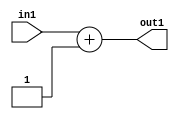
`timescale 1ps / 1ps
/*****************************************************************************
    Verilog RTL Description
    
    
    Created by: Stratus DpOpt 2019.1.01 
*******************************************************************************/

module GaussFilter_Add2i1u2_1 (
	in1,
	out1
	); /* architecture "behavioural" */ 
input [1:0] in1;
output [1:0] out1;
wire [1:0] asc001;

assign asc001 = 
	+(in1)
	+(2'B01);

assign out1 = asc001;
endmodule

/* CADENCE  urb2QwA= : u9/ySgnWtBlWxVPRXgAZ4Og= ** DO NOT EDIT THIS LINE ******/